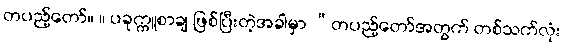
တပည့်တော်။ ။ ပခုက္ကူစာချ ဖြစ်ပြီးတဲ့အခါမှာ “တပည့်တော်အတွက် တစ်သက်လုံး